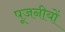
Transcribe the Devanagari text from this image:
पूजनीयों